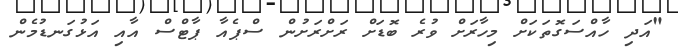
"އަދި ހާއްސަގޮތަކަށް މިހާރަށް ވުރެ ބޮޑަށް ރަށްރަށުން ސްޕެއާ ޕާޓްސް އާއި އަޅުގަނޑުމެން